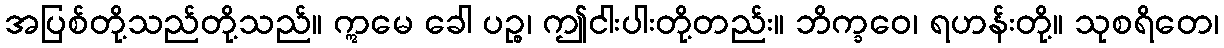
အပြစ်တို့သည်တို့သည်။ ဣမေ ခေါ ပဉ္စ၊ ဤငါးပါးတို့တည်း။ ဘိက္ခဝေ၊ ရဟန်းတို့။ သုစရိတေ၊